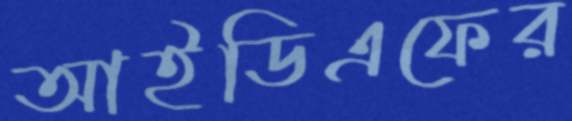
আইডিএফের